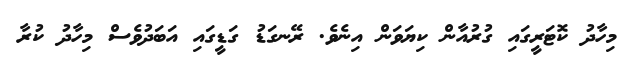
މިހާދު ކޮޓަރީގައި ގުރުއާން ކިޔަވަން އިނެވެ. ރޭނގަޑު ގަޑީގައި އަބަދުވެސް މިހާދު ކުރާ